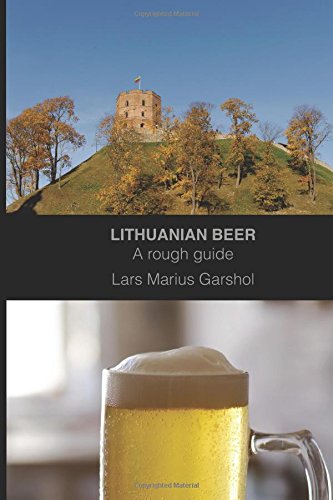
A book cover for Lithuanian beer: A rough guide; Lars Marius Garshol; Travel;